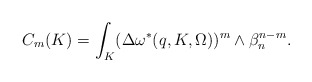
\begin{align*} C_m(K)= \int_{K}(\Delta \omega^*(q,K,\Omega))^m\wedge\beta_n^{n-m}.\end{align*}